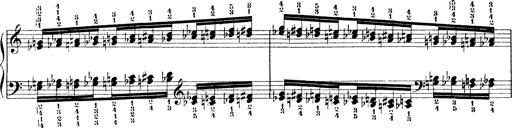
Title: Technische Studien
Composer: Franz Liszt